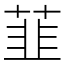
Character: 韮